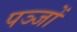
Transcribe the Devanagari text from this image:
पञ्जों